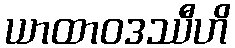
ယာထာဝဒဿီဟိ